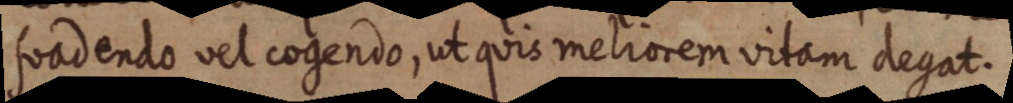
suadendo vel cogendo, ut quis meliorem vitam degat.